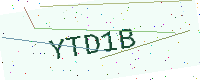
Text: YTD1B